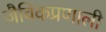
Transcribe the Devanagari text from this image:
जैविकप्रणाली